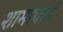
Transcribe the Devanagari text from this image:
शामाचार्य